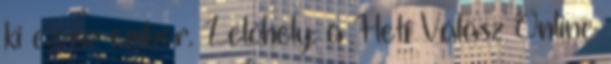
ki ez az ember. Lelőhely: a Heti Válasz Online